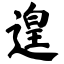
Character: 遑